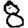
Digit: 8